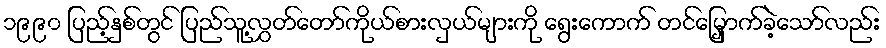
၁၉၉၀ ပြည့်နှစ်တွင် ပြည်သူ့လွှတ်တော်ကိုယ်စားလှယ်များကို ရွေးကောက် တင်မြှောက်ခဲ့သော်လည်း